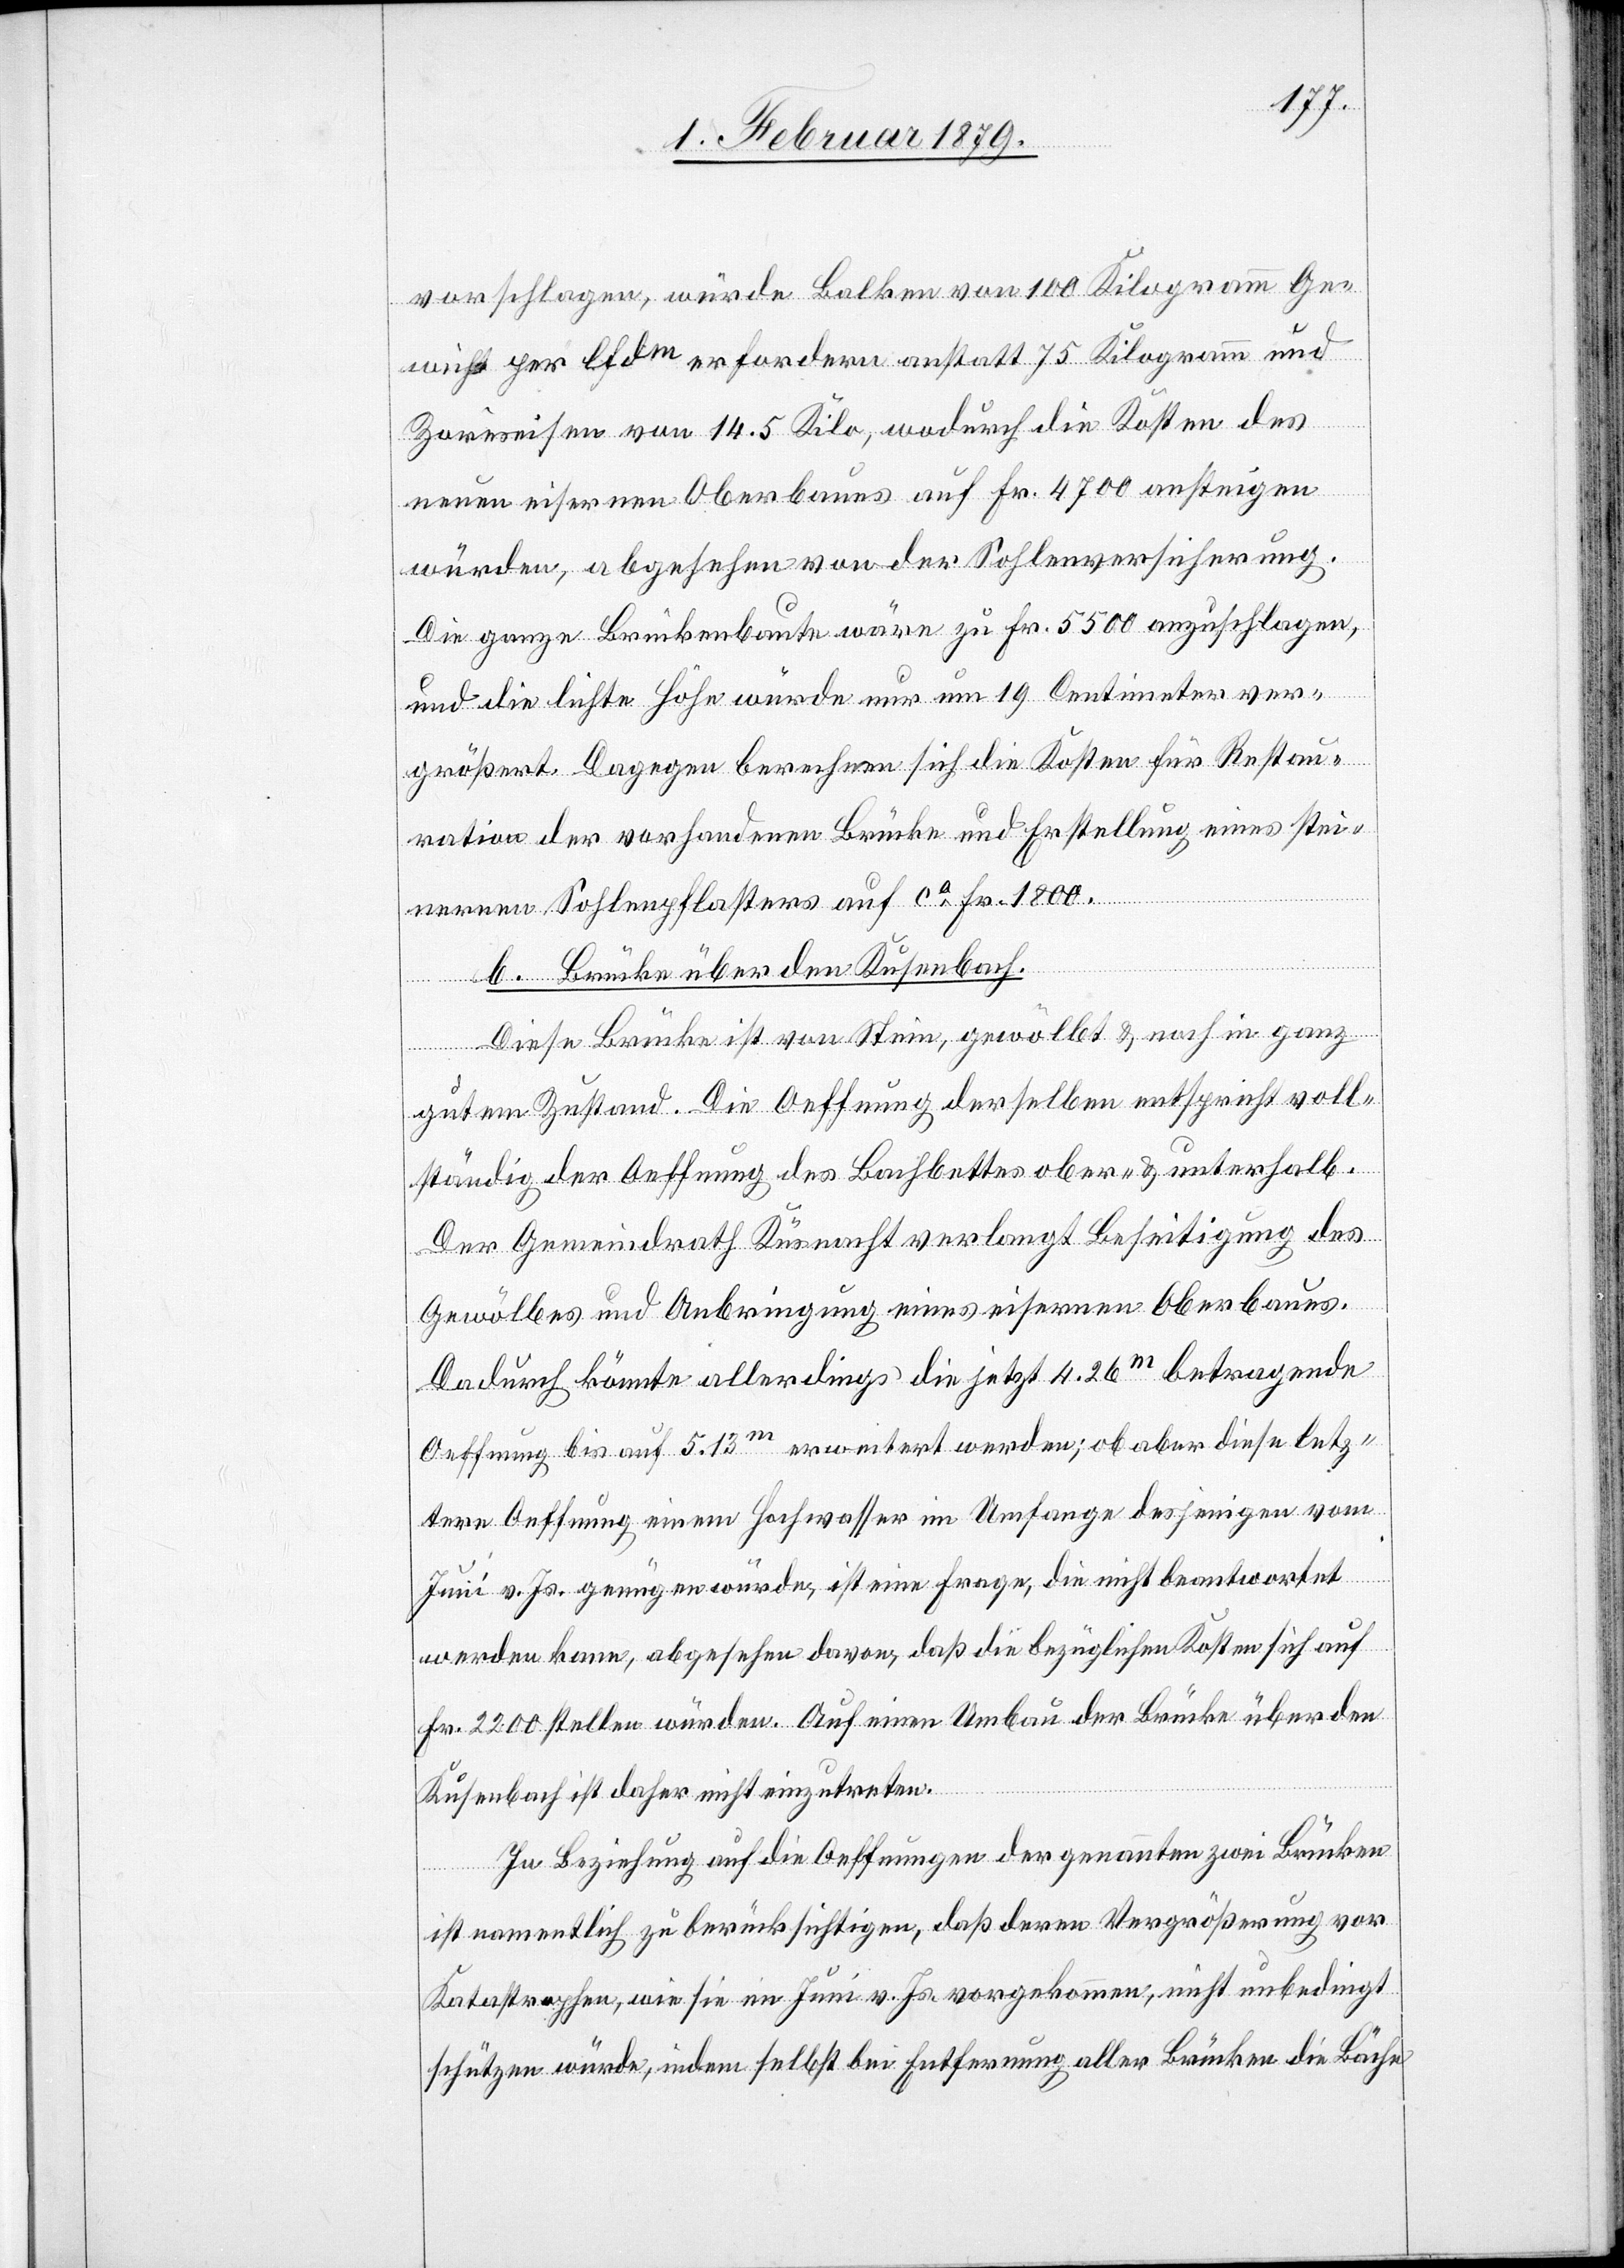
vorschlagen, würde Balken von 100 Kilogramm Ge¬
wicht per lfdm erfordern anstatt 75 Kilogramm und
Zoreseisen von 14.5 Kilo, wodurch die Kosten des
neuen eisernen Oberbaues auf Fr. 4700 ansteigen
würden, abgesehen von der Sohlenversicherung.
Die ganze Brückenbaute wäre zu Fr. 5500 anzuschlagen,
und die lichte Höhe würde nur um 19 Centimeter ver¬
größert. Dagegen berechnen sich die Kosten für Restau¬
ration der vorhandenen Brücke und Erstellung eines stei¬
nernen Sohlenpflasters auf ca Fr. 1800.
b. Brücke über den Kusenbach.
Diese Brücke ist von Stein, gewölbt & noch in ganz
gutem Zustand. Die Oeffnung derselben entspricht voll¬
ständig der Oeffnung des Bachbettes ober- & unterhalb.
Der Gemeindrath Küsnacht verlangt Beseitigung des
Gewölbes und Anbringung eines eisernen Oberbaues.
Dadurch könnte allerdings die jetzt 4.26m betragende
Oeffnung bis auf 5.13m erweitert werden; ob aber diese letz¬
tere Oeffnung einem Hochwasser im Umfange desjenigen vom
Juni v. Js. genügen würde, ist eine Frage, die nicht beantwortet
werden kann, abgesehen davon, daß die bezüglichen Kosten sich auf
Fr. 2200 stellen würden. Auf einen Umbau der Brücke über den
Kusenbach ist daher nicht einzutreten.
In Beziehung auf die Oeffnungen der genannten zwei Brücken
ist namentlich zu berücksichtigen, daß deren Vergrößerung vor
Katastrophen, wie sie im Juni v. Js. vorgekommen, nicht unbedingt
schützen würde, indem selbst bei Entfernung aller Brücken die Bäche